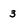
Character: 3